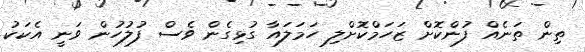
ތިން ތަނެއް ފުންކޮށް ޒަހަމްކޮށްލި ހަމަލައާ ގުޅިގެން ވެސް ފުލުހުން ވަނީ އެކަކު